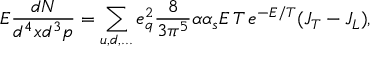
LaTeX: E \frac { d N } { d ^ { 4 } x d ^ { 3 } p } = \sum _ { u , d , . . . } e _ { q } ^ { 2 } \frac { 8 } { 3 \pi ^ { 5 } } \alpha \alpha _ { s } E \, T \, e ^ { - E / T } ( J _ { T } - J _ { L } ) ,